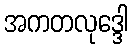
အကတလုဒ္ဒေါ